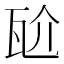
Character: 𭺝